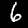
Digit: 6